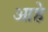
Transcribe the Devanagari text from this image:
आहेे